Vaccine operations Central Provinces 1868-1885 - 1868-1885
Year: 1868
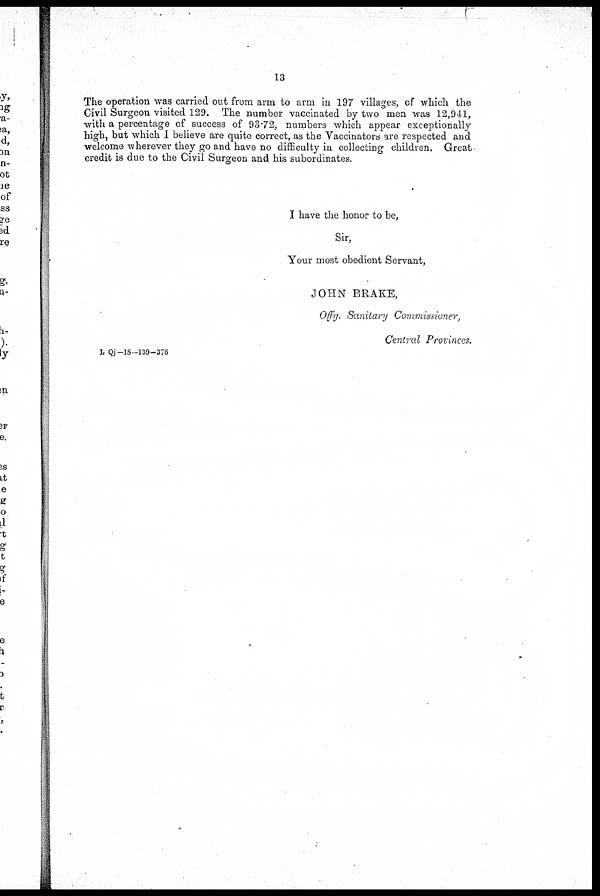
13
The operation was carried out from arm to arm in 197 villages, of which the
Civil Surgeon visited 129. The number vaccinated by two men was 12,941,
with a percentage of success of 93.72, numbers which appear exceptionally
high, but which I believe are quite correct, as the Vaccinators are respected and
welcome wherever they go and have no difficulty in collecting children. Great
credit is due to the Civil Surgeon and his subordinates.
I have the honor to be,
Sir,
Your most obedient Servant,
JOHN BRAKE,
Offg. Sanitary Commissioner,
Central Provinces.
L Qj-18-139-376